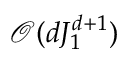
\mathcal { O } ( d J _ { 1 } ^ { d + 1 } )